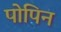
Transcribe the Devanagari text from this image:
पोपिन